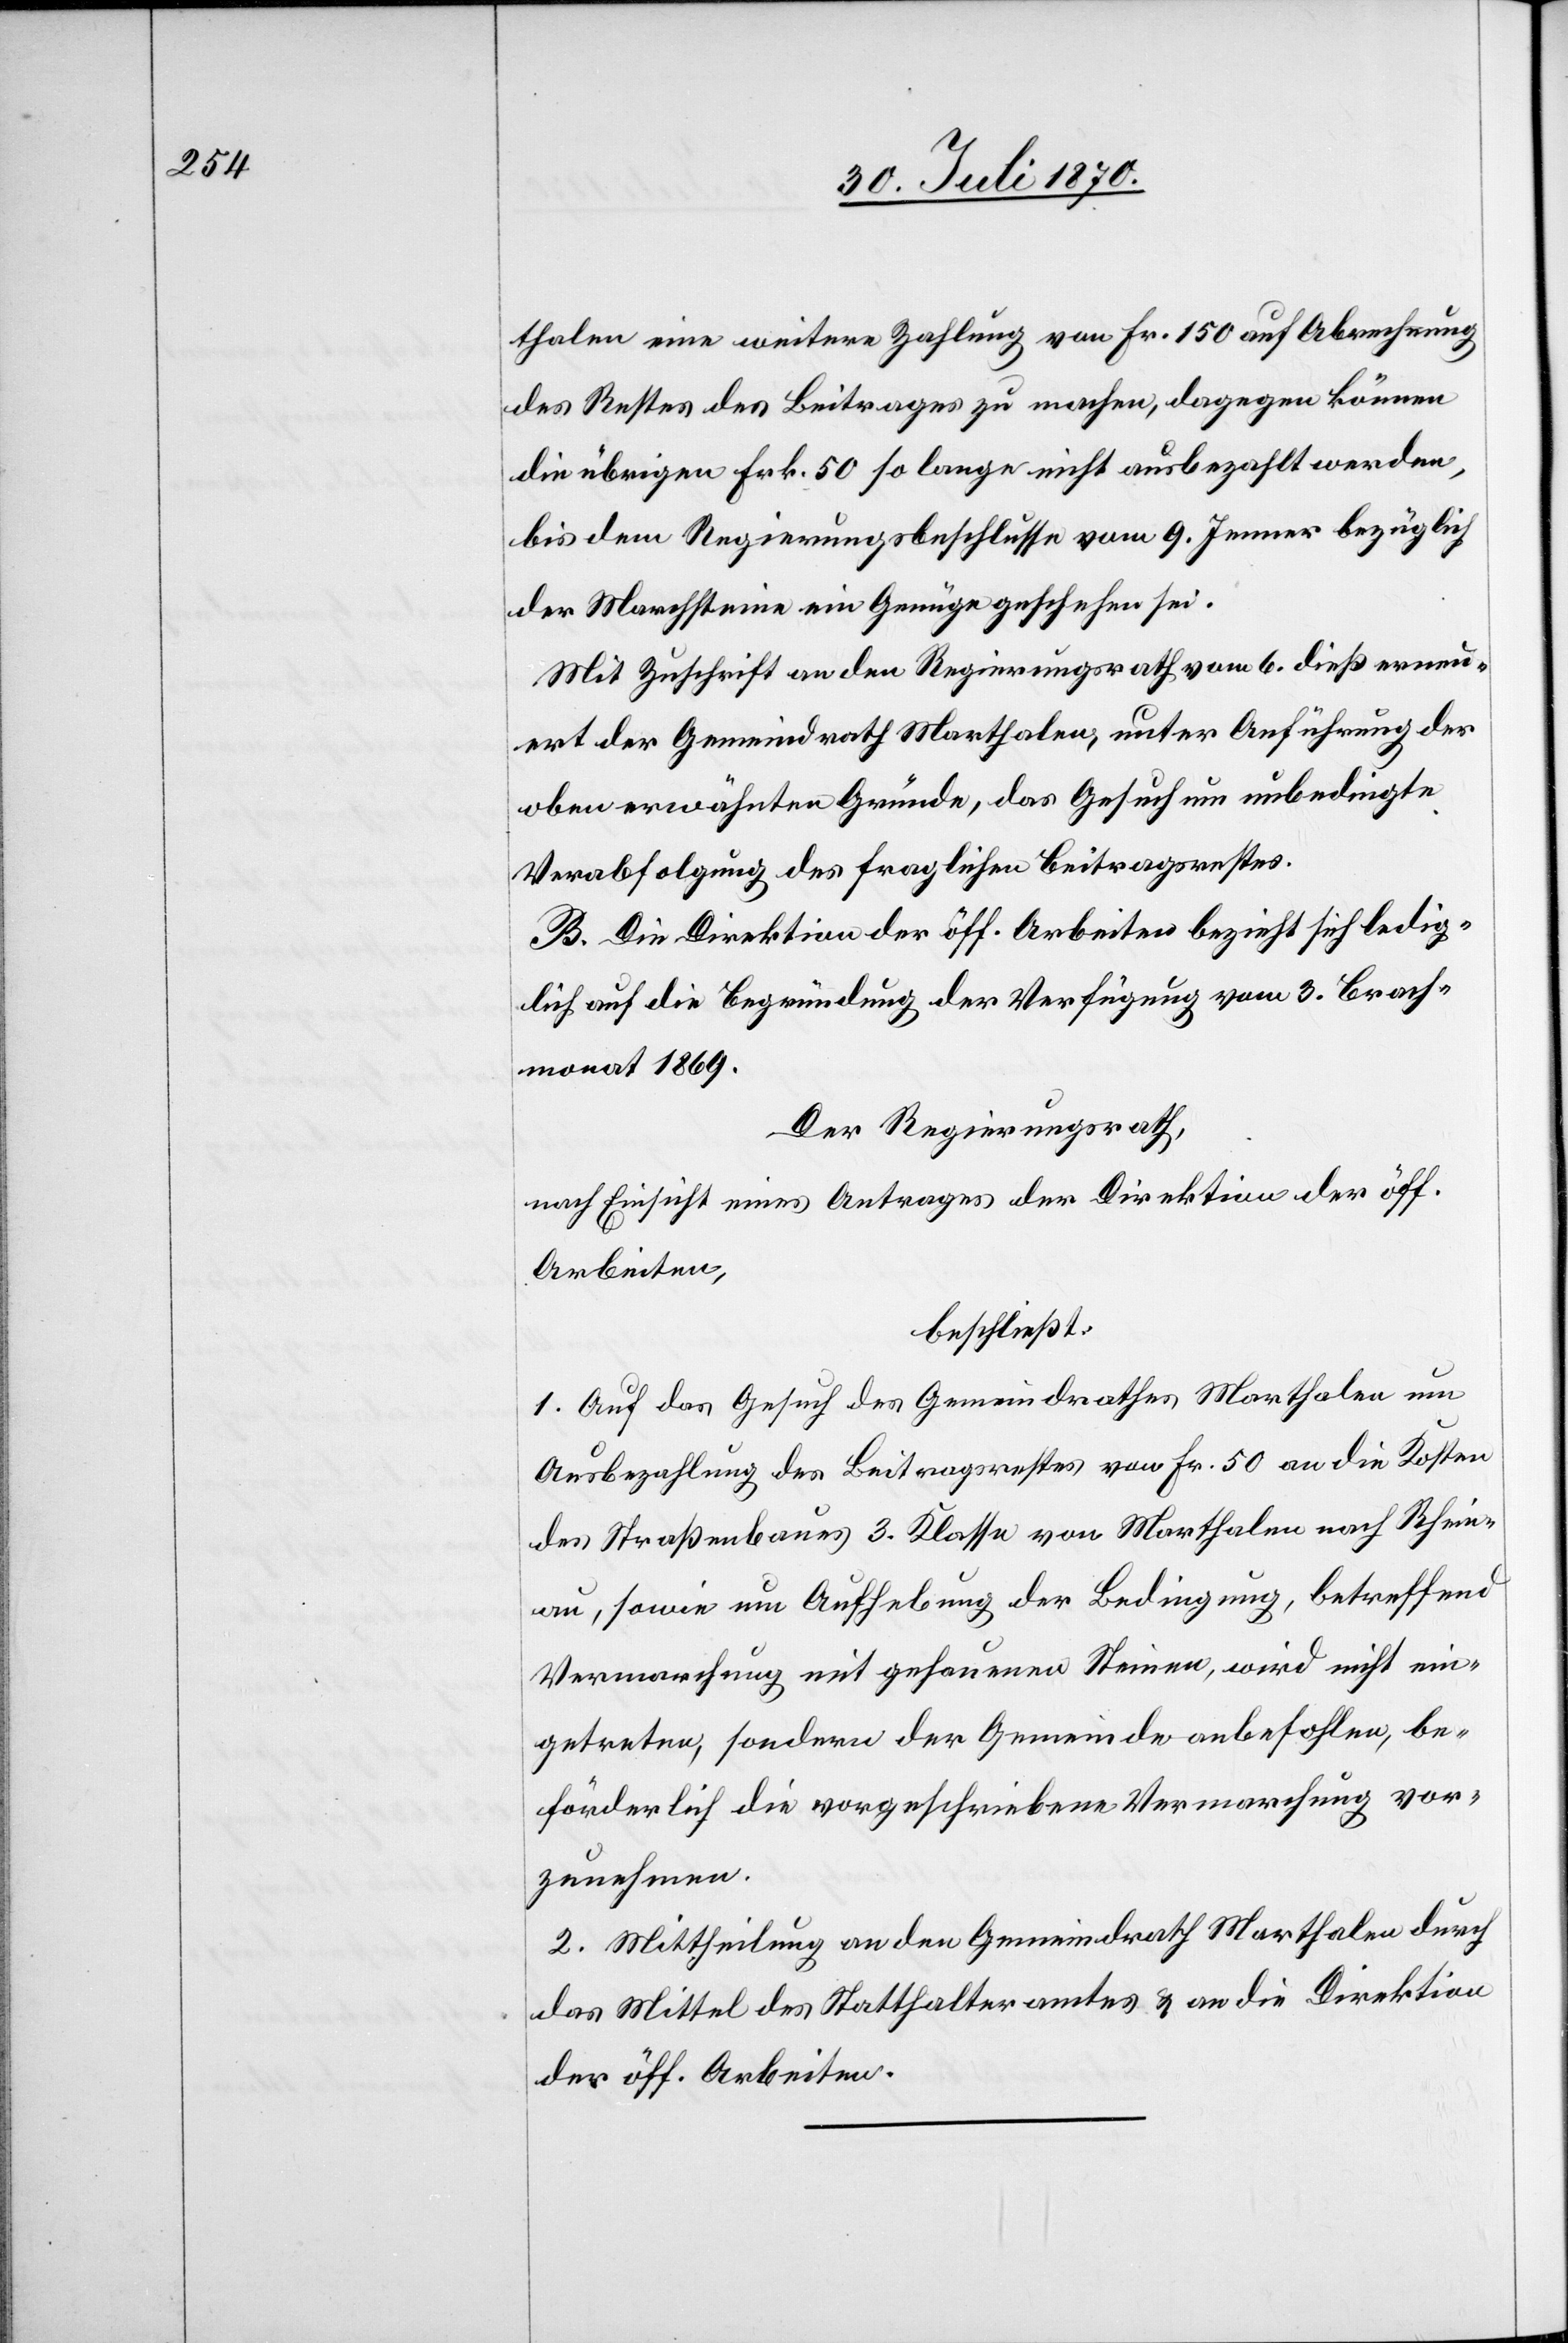
thalen eine weitere Zahlung von Fr. 150 auf Abrechnung
des Restes des Beitrages zu machen, dagegen können
die übrigen Fr. 50 so lange nicht ausbezahlt werden,
bis dem Regierungsbeschlusse vom 9. Jenner bezüglich
der Marchsteine ein Genüge geschehen sei.
Mit Zuschrift an den Regierungsrath vom 6. dieß erneu¬
ert der Gemeindrath Marthalen, unter Anführung der
oben erwähnten Gründe, das Gesuch um unbedingte
Verabfolgung des fraglichen Beitragsrestes.
B. Die Direktion der öff. Arbeiten bezieht sich ledig¬
lich auf die Begründung der Verfügung vom 3. Brach¬
monat 1869.
Der Regierungsrath,
nach Einsicht eines Antrages der Direktion der öff.
Arbeiten,
beschließt:
1. Auf das Gesuch des Gemeindrathes Marthalen um
Ausbezahlung des Beitragsrestes von Fr. 50 an die Kosten
des Straßenbaues 3. Klasse von Marthalen nach Rhein¬
au, sowie um Aufhebung der Bedingung, betreffend
Vermarchung mit gehauenen Steinen, wird nicht ein¬
getreten, sondern der Gemeinde anbefohlen, be¬
förderlich die vorgeschriebene Vermarchung vor¬
zunehmen.
2. Mittheilung an den Gemeindrath Marthalen durch
das Mittel des Statthalteramtes & an die Direktion
der öff. Arbeiten.